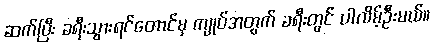
ဆက်ပြီး ခရီးသွားရင်တောင်မှ ကျုပ်အတွက် ခရီးတွင် ပါလိမ့်ဦးမယ်။